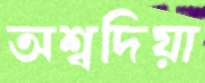
অশ্বদিয়া